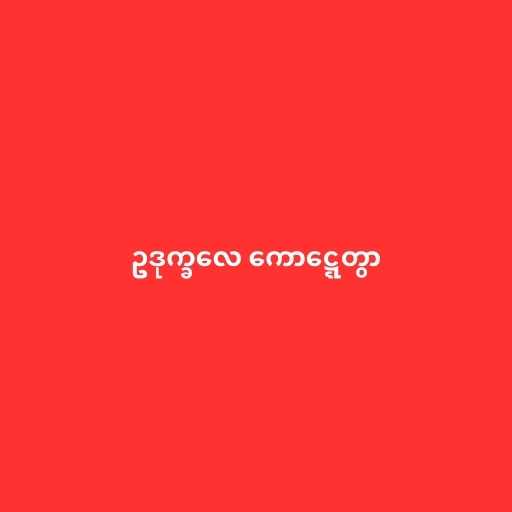
ဥဒုက္ခလေ ကောဋ္ဋေတွာ